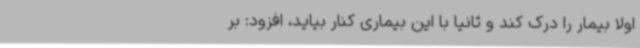
اولا بیمار را درک کند و ثانیا با این بیماری کنار بیاید، افزود: بر